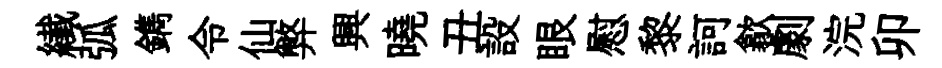
纎弧鐫令仙弊興曉丑設眼慰黎訶歙劇浣卯